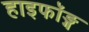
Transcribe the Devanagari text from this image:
हाइफॉङ्ग